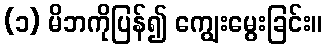
(၁) မိဘကိုပြန်၍ ကျွေးမွေးခြင်း။